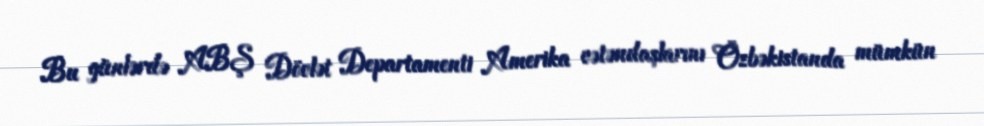
Bu günlərdə ABŞ Dövlət Departamenti Amerika vətəndaşlarını Özbəkistanda mümkün